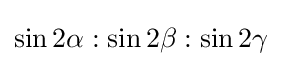
\sin 2\alpha :\sin 2\beta :\sin 2\gamma